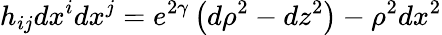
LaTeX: h_{ij}dx^{i}dx^{j}=e^{2\gamma}\left(d\rho^{2}-dz^{2}\right)-\rho^{2}dx^{2}